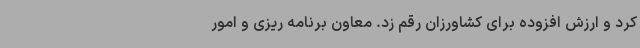
کرد و ارزش افزوده برای کشاورزان رقم زد. معاون برنامه ریزی و امور